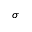
\sigma